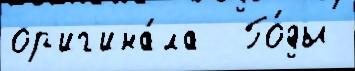
ор'иг'ина́ла  Го́ды